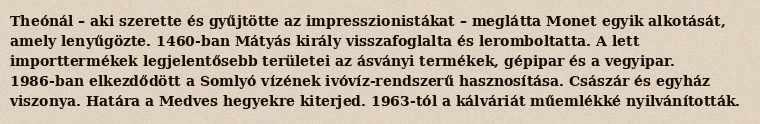
Theónál – aki szerette és gyűjtötte az impresszionistákat – meglátta Monet egyik alkotását, amely lenyűgözte. 1460-ban Mátyás király visszafoglalta és leromboltatta. A lett importtermékek legjelentősebb területei az ásványi termékek, gépipar és a vegyipar. 1986-ban elkezdődött a Somlyó vízének ivóvíz-rendszerű hasznosítása. Császár és egyház viszonya. Határa a Medves hegyekre kiterjed. 1963-tól a kálváriát műemlékké nyilvánították.